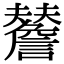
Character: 𧭃